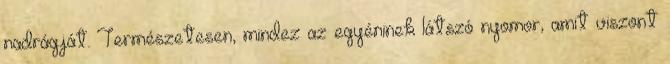
nadrágját. Természetesen, mindez az egyéninek látszó nyomor, amit viszont